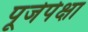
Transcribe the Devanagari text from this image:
पूजेपेक्षा